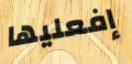
إفعليها